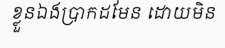
ខ្លួនឯងប្រាកដមែន ដោយមិន